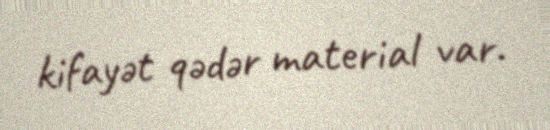
kifayət qədər material var.